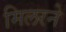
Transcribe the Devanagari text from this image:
मिलरने